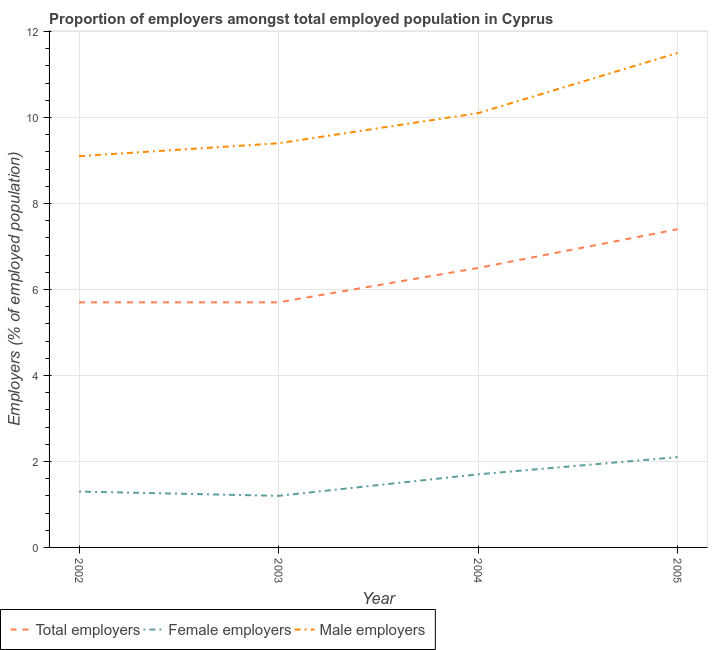
| Year | Total employers | Female employers | Male employers |
 | --- | --- | --- | --- |
 | 2002 | 5.7 | 1.3 | 9.1 |
 | 2003 | 5.7 | 1.2 | 9.4 |
 | 2004 | 6.5 | 1.7 | 10.1 |
 | 2005 | 7.4 | 2.1 | 11.5 |